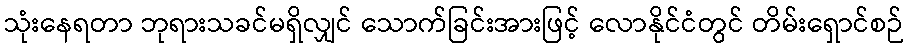
သုံးနေရတာ ဘုရားသခင်မရှိလျှင် သောက်ခြင်းအားဖြင့် လောနိုင်ငံတွင် တိမ်းရှောင်စဉ်